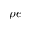
\rho e